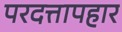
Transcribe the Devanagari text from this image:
परदत्तापहार